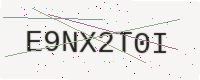
Text: E9NX2T0I